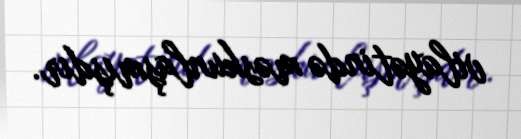
vilayətində məskunlaşmışdır.